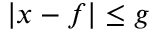
| x - f | \le g